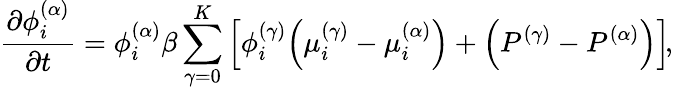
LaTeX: \frac{\partial\phi_{i}^{(\alpha)}}{\partial t}=\phi_{i}^{(\alpha)}\beta\sum_{\gamma=0}^{K}\left[\phi_{i}^{(\gamma)}\! \left(\mu_{i}^{(\gamma)}-\mu_{i}^{(\alpha)}\right)+\left(P^{(\gamma)}-P^{(\alpha)}\right)\right]\! ,